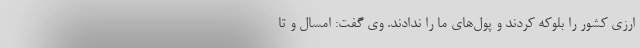
ارزی کشور را بلوکه کردند و پول‌های ما را ندادند. وی گفت: امسال و تا